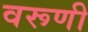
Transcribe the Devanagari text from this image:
वरूणी